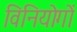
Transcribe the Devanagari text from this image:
विनियोगों